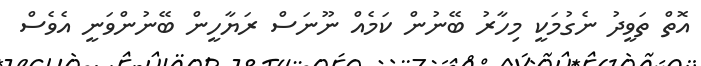
އޮތް ތަވީދު ނެގުމަކީ މިހާރު ބޭނުން ކަމެއް ނޫނަސް ރަޔާހީން ބޭނުންވަނީ އެވެސް